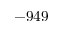
- 9 4 9